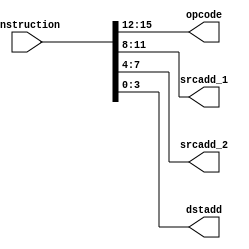
module decode(
    input [15:0] instruction,  //  
    output [3:0] opcode,       //  opcode
    output [3:0] srcadd_1,     //     
    output [3:0] srcadd_2,     //     
    output [3:0] dstadd        //   
);

    //    
    assign opcode = instruction[15:12];
    assign srcadd_1 = instruction[11:8];
    assign srcadd_2 = instruction[7:4];
    assign dstadd = instruction[3:0];

endmodule